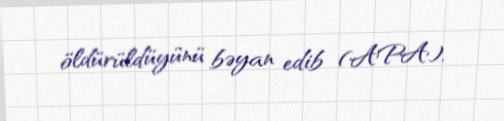
öldürüldüyünü bəyan edib (APA).